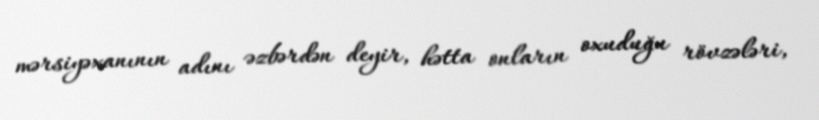
mərsiyəxanının adını əzbərdən deyir, hətta onların oxuduğu rövzələri,